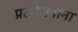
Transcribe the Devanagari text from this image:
प्रलोभनांना